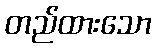
တည်ထားသော